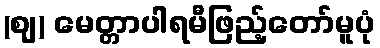
(ဈ) မေတ္တာပါရမီဖြည့်တော်မူပုံ